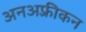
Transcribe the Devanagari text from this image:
अनअफ़्रीकन